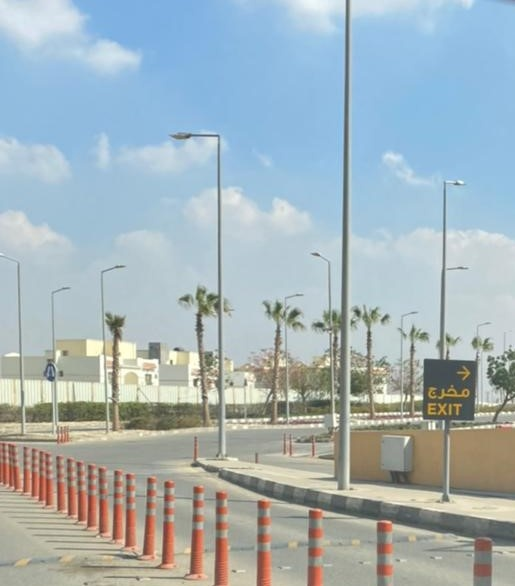
Text in image: مخرج EXIT